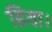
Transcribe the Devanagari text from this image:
हिया।